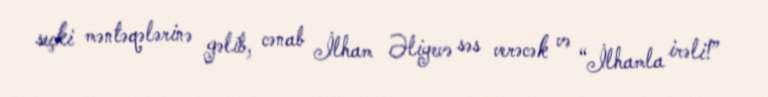
seçki məntəqələrinə gəlib, cənab İlham Əliyevə səs verəcək və “İlhamla irəli!”